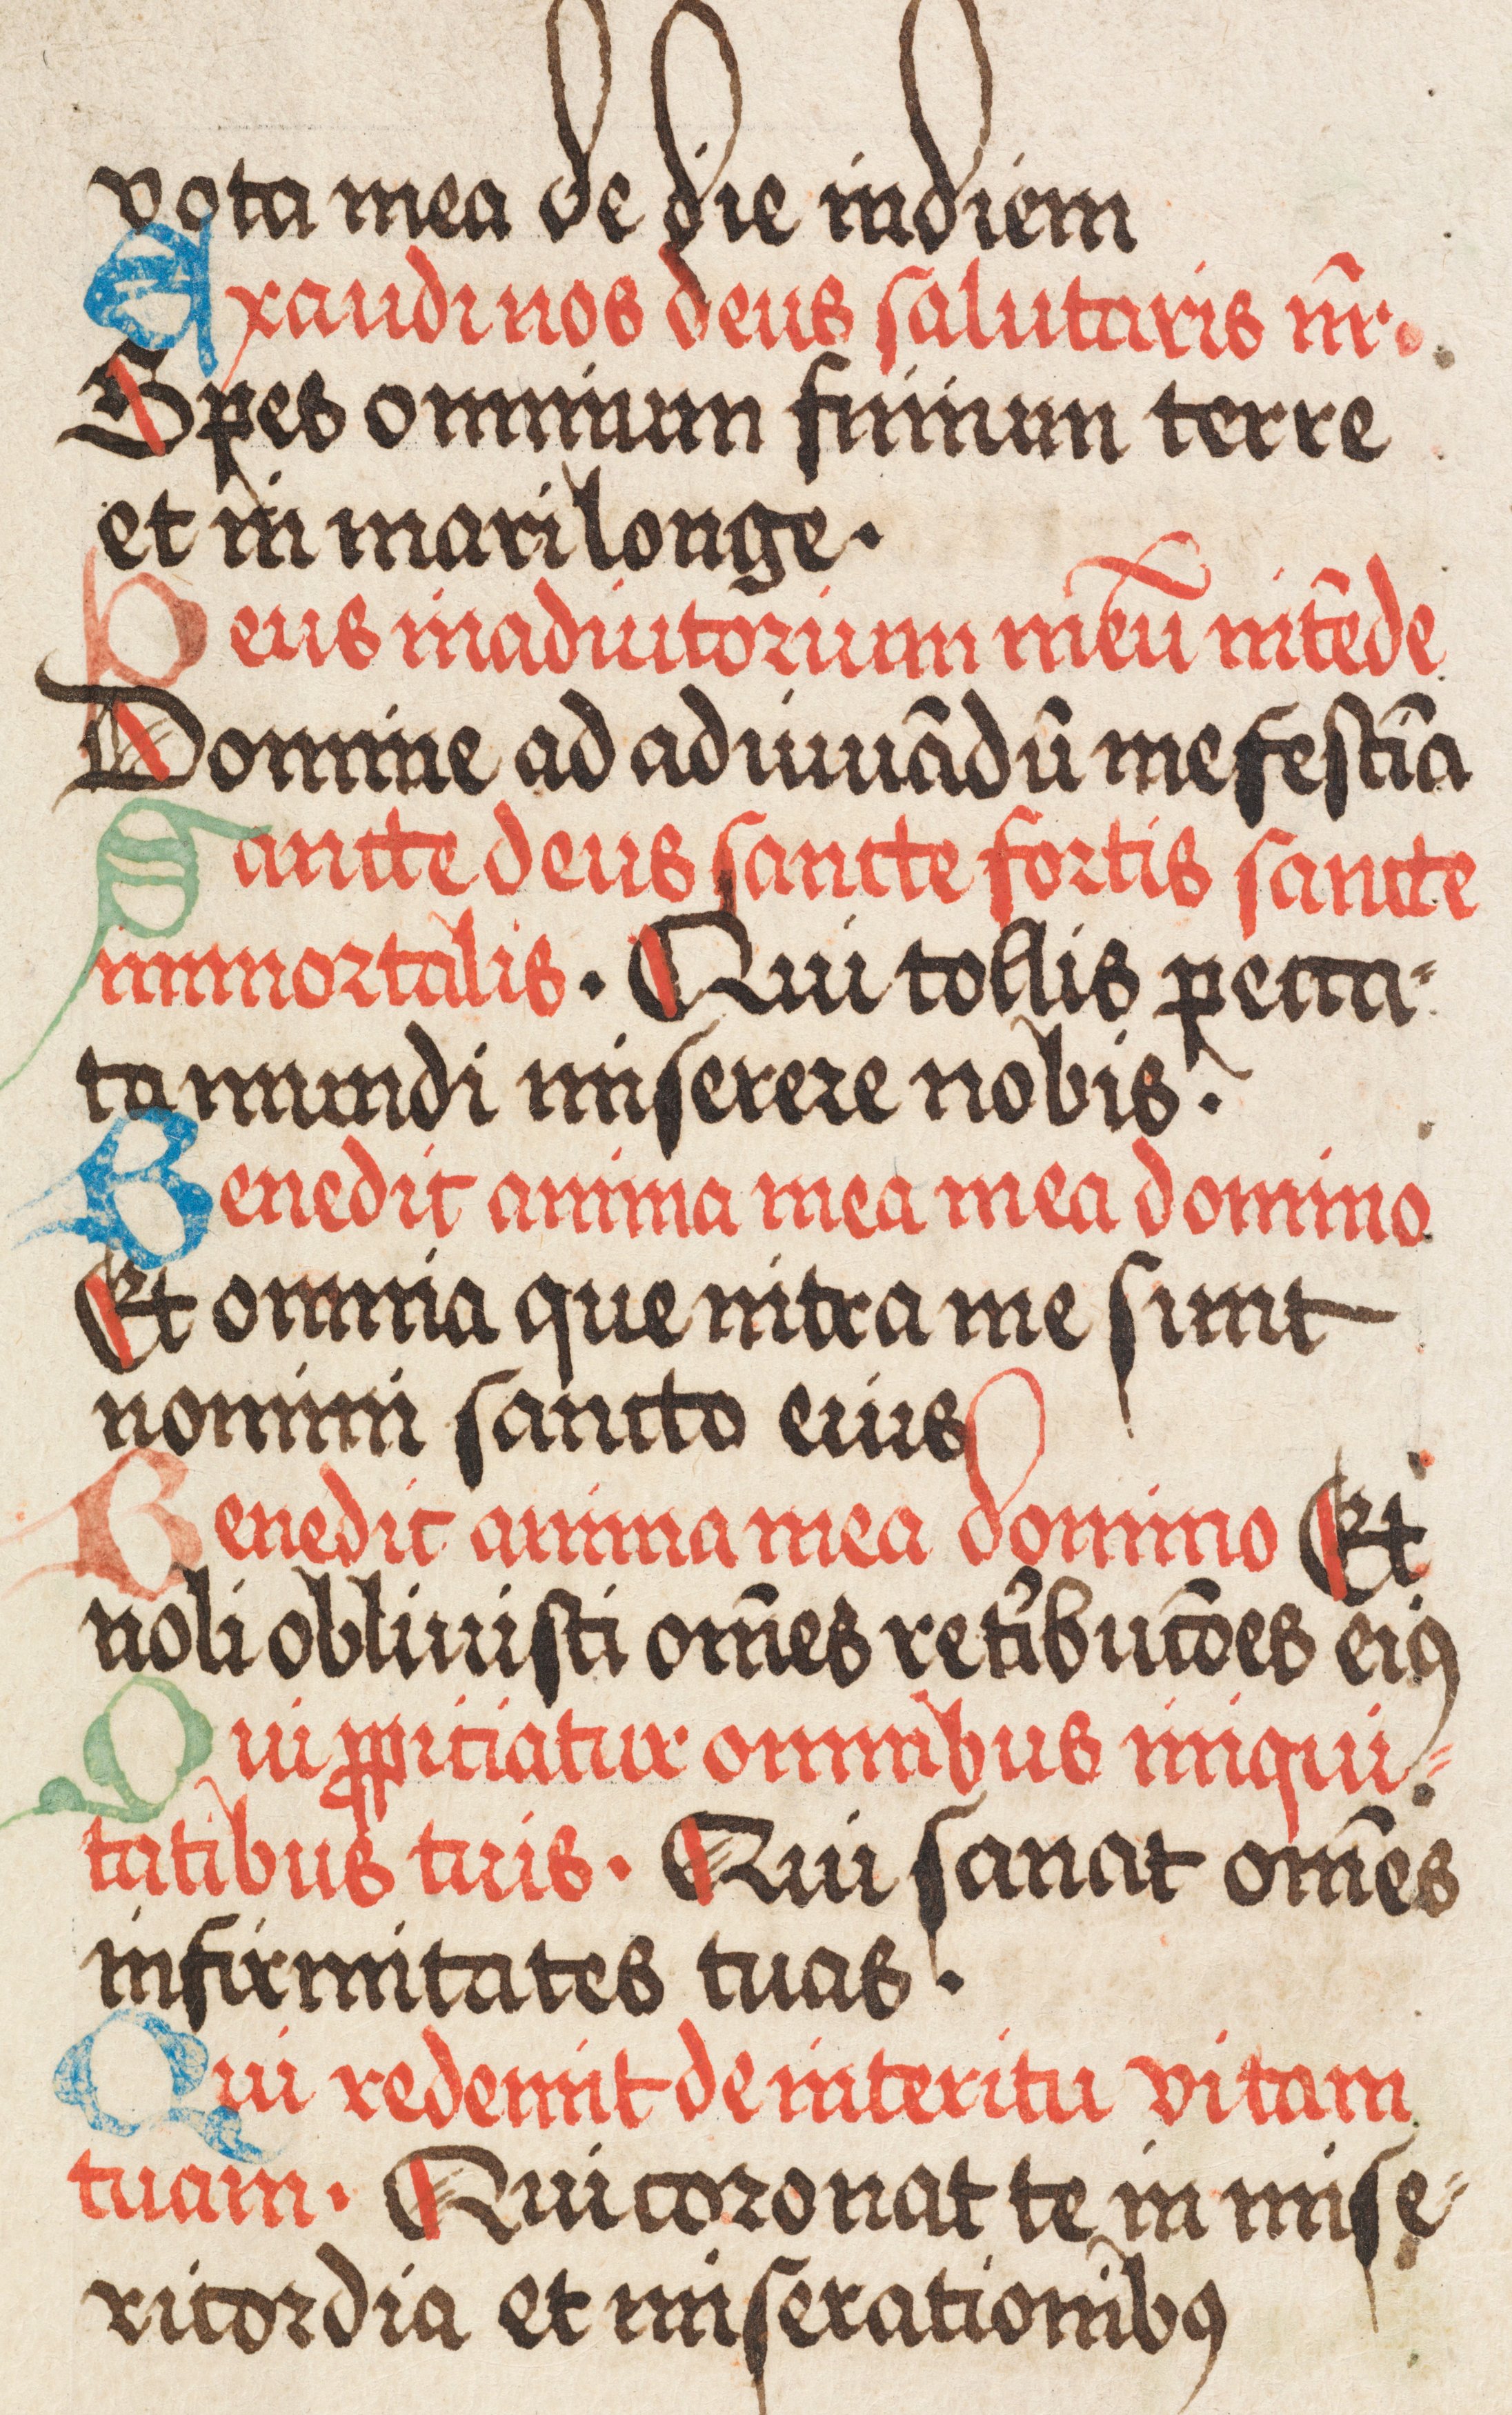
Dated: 1500–1524